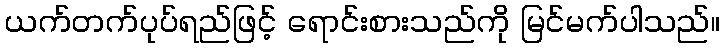
ယက်တက်ပုပ်ရည်ဖြင့် ရောင်းစားသည်ကို မြင်မက်ပါသည်။